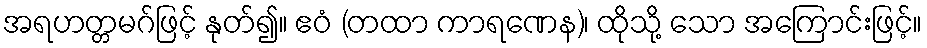
အရဟတ္တမဂ်ဖြင့် နုတ်၍။ ဧဝံ (တထာ ကာရဏေန)၊ ထိုသို့ သော အကြောင်းဖြင့်။